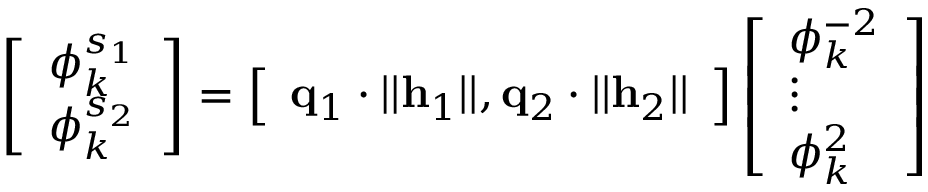
\left[ \begin{array} { l } { \phi _ { k } ^ { s _ { 1 } } } \\ { \phi _ { k } ^ { s _ { 2 } } } \end{array} \right] = \left[ \begin{array} { l } { \mathbf { q } _ { 1 } \cdot | | \mathbf { h } _ { 1 } | | , \mathbf { q } _ { 2 } \cdot | | \mathbf { h } _ { 2 } | | } \end{array} \right] \left[ \begin{array} { l } { \phi _ { k } ^ { - 2 } } \\ { \vdots } \\ { \phi _ { k } ^ { 2 } } \end{array} \right]